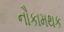
નૌકામથક